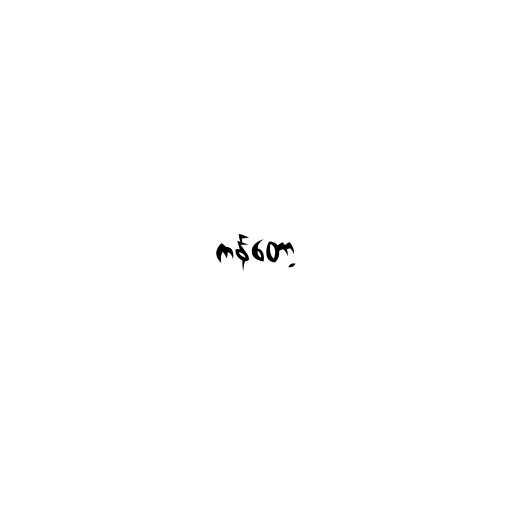
ကန်တော့